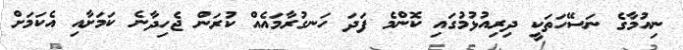
ނިއުމާގެ ނަސޭހަތަކީ ދިރިއުޅުމުގައި ކޮންމެ ފަދަ ހަނގުރާމައެއް ކުރަން ޖެހިދާނެ ކަމަށާއި އެކަމަށް